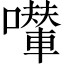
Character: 𱕗